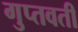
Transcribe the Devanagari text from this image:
गुप्तवती